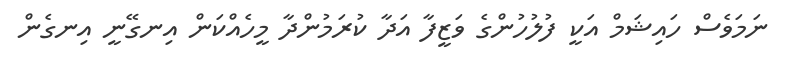
ނަމަވެސް ހައިޝަމް އަކީ ފުލުހުންގެ ވަޒީފާ އަދާ ކުރަމުންދާ މީހެއްކަން އިނގޭނީ އިނގެން